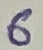
Text: 6